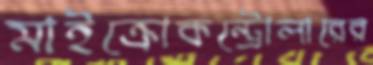
মাইক্রোকন্ট্রোলারের